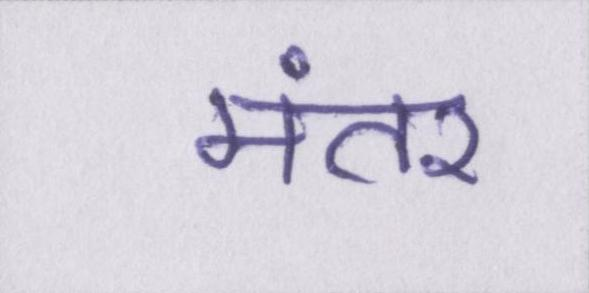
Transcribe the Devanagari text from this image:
मंतर